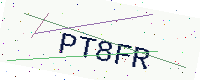
Text: PT8FR